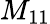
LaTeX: M_{11}